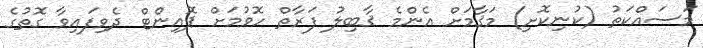
މަސައްކަތު (ކުނިކޮށި) މަޤާމަށް އެންމެ ޤާބިލު ފަރާތް ހޮވުމަށް ޕޮއިންޓް ދެވިފައިވާ ގޮތުގެ